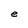
Character: e